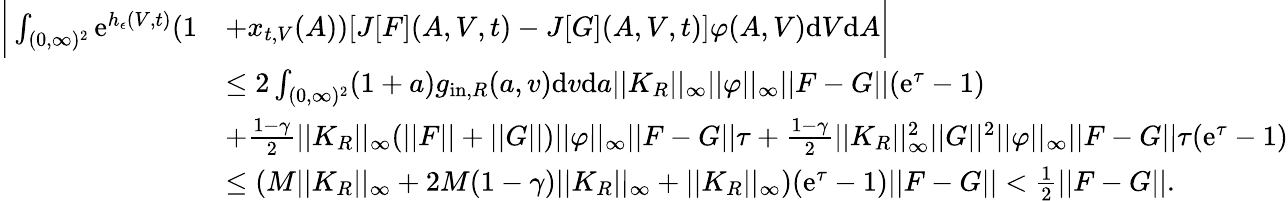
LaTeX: \begin{array}{rl}{\bigg|\int_{(0,\infty)^{2}}\textup{e}^{h_{\epsilon}(V,t)}(1}&{+x_{t,V}(A))[J[F](A,V,t)-J[G](A,V,t)]\varphi(A,V)\textup{d}V\textup{d}A\bigg|}\\ &{\leq 2\int_{(0,\infty)^{2}}(1+a)g_{\textup{in},R}(a,v)\textup{d}v\textup{d}a||K_{R}||_{\infty}||\varphi||_{\infty}||F-G||(\textup{e}^{\tau}-1)}\\ &{+\frac{1-\gamma}{2}||K_{R}||_{\infty}(||F||+||G||)||\varphi||_{\infty}||F-G||\tau+\frac{1-\gamma}{2}||K_{R}||_{\infty}^{2}||G||^{2}||\varphi||_{\infty}||F-G||\tau(\textup{e}^{\tau}-1)}\\ &{\leq(M||K_{R}||_{\infty}+2M(1-\gamma)||K_{R}||_{\infty}+||K_{R}||_{\infty})(\textup{e}^{\tau}-1)||F-G||<\frac{1}{2}||F-G||.}\end{array}